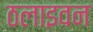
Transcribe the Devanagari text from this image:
ठलाइवन